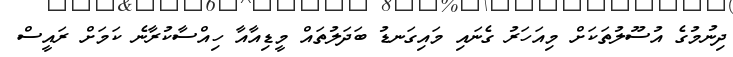
ދިނުމުގެ އުސޫލުތަކަށް މިއަހަރު ގެނައި މައިގަނޑު ބަދަލުތައް މީޑިއާއާ ހިއްސާކުރާނެ ކަމަށް ރައީސް